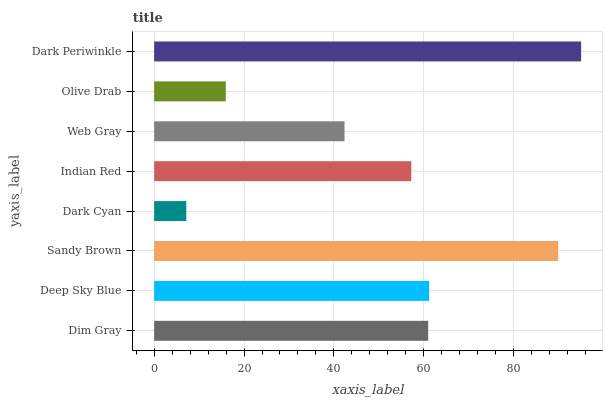
| yaxis_label | bars |
 | --- | --- |
 | Dim Gray | 61 |
 | Deep Sky Blue | 61.2 |
 | Sandy Brown | 89.9 |
 | Dark Cyan | 7.15 |
 | Indian Red | 57.2 |
 | Web Gray | 42.4 |
 | Olive Drab | 15.9 |
 | Dark Periwinkle | 95 |